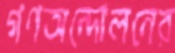
গণঅন্দোলনের